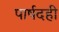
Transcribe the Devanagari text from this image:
पार्षदही